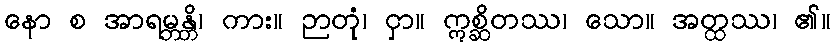
နော စ အာရမ္ဘန္တိ၊ ကား။ ဉာတုံ၊ ငှာ။ ဣစ္ဆိတဿ၊ သော။ အတ္ထဿ၊ ၏။